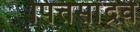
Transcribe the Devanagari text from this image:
पित्तसांद्रव